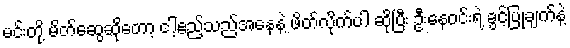
မင်းတို့ မိတ်ဆွေဆိုတော့ ငါ့ဧည့်သည်အနေနဲ့ ဖိတ်လိုက်ပါ ဆိုပြီး ဦးနေဝင်းရဲ့ ခွင့်ပြုချက်နဲ့